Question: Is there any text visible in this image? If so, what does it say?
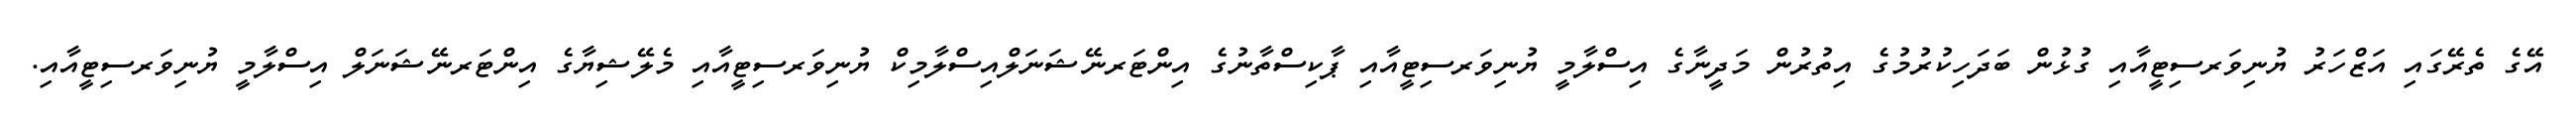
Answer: އޭގެ ތެރޭގައި އަޒްހަރު ޔުނިވަރސިޓީއާއި ގުޅުން ބަދަހިކުރުމުގެ އިތުރުން މަދީނާގެ އިސްލާމީ ޔުނިވަރސިޓީއާއި ޕާކިސްތާނުގެ އިންޓަރނޭޝަނަލްއިސްލާމިކް ޔުނިވަރސިޓީއާއި މެލޭޝިޔާގެ އިންޓަރނޭޝަނަލް އިސްލާމީ ޔުނިވަރސިޓީއާއި.